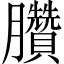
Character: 臢